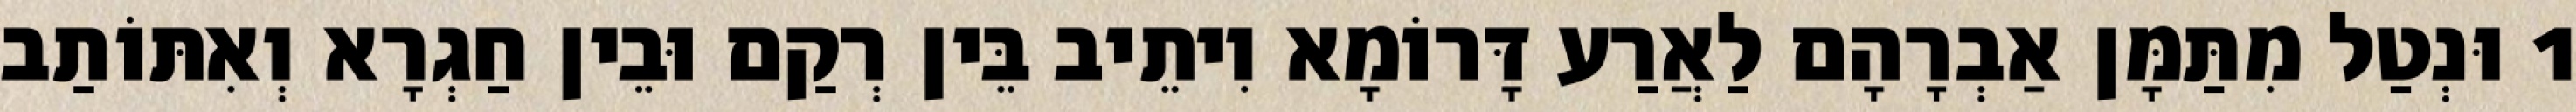
1 וּנְטַל מִתַּמָּן אַבְרָהָם לַאֲרַע דָּרוֹמָא וִיתֵיב בֵּין רְקַם וּבֵין חַגְרָא וְאִתּוֹתַב